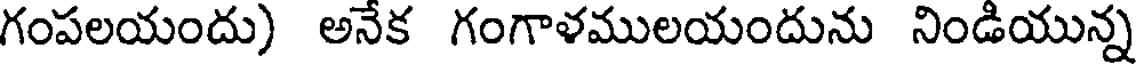
గంపలయందు) అనేక గంగాళములయందును నిండియున్న